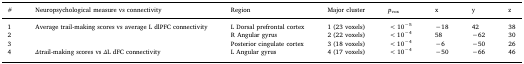
<table><thead><tr><td><b>#</b></td><td><b>Neuropsychological measure vs connectivity</b></td><td><b>Region</b></td><td><b>Major cluster</b></td><td><b><i>p</i><sub>vox</sub></b></td><td><b>x</b></td><td><b>y</b></td><td><b>z</b></td></tr></thead><tbody><tr><td>1</td><td>Average trail-making scores vs average L dlPFC connectivity</td><td>L Dorsal prefrontal cortex</td><td>1 (23 voxels)</td><td>&lt;10<sup>−5</sup></td><td>−18</td><td>42</td><td>38</td></tr><tr><td>2</td><td></td><td>R Angular gyrus</td><td>2 (22 voxels)</td><td>&lt;10<sup>−4</sup></td><td>58</td><td>−62</td><td>30</td></tr><tr><td>3</td><td></td><td>Posterior cingulate cortex</td><td>3 (18 voxels)</td><td>&lt;10<sup>−4</sup></td><td>−6</td><td>−50</td><td>26</td></tr><tr><td>4</td><td><i>Δ</i>trail-making scores vs <i>Δ</i>L dFC connectivity</td><td>L Angular gyrus</td><td>4 (17 voxels)</td><td>&lt;10<sup>−4</sup></td><td>−50</td><td>−66</td><td>46</td></tr></tbody></table>